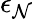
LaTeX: \epsilon_{\mathcal{N}}